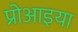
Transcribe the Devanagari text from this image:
प्रोआइया